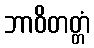
ဘာဝိတတ္တံ